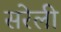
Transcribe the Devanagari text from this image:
सरेली